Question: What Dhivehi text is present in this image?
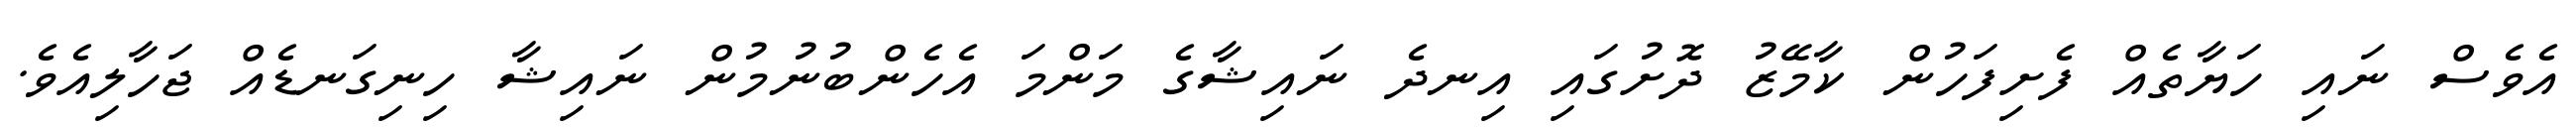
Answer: އެވެސް ނައި ހަޔާތެއް ފެށިފަހުން ކާމޭޒު ދޮށުގައި އިނދެ ނައިޝާގެ މަންމަ އެހެންބުނުމުން ނައިޝާ ހިނިގަނޑެއް ޖަހާލިއެވެ.